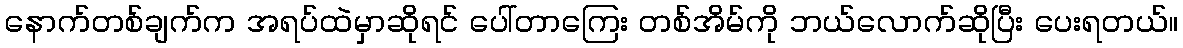
နောက်တစ်ချက်က အရပ်ထဲမှာဆိုရင် ပေါ်တာကြေး တစ်အိမ်ကို ဘယ်လောက်ဆိုပြီး ပေးရတယ်။